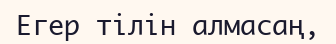
Егер тілін алмасаң,